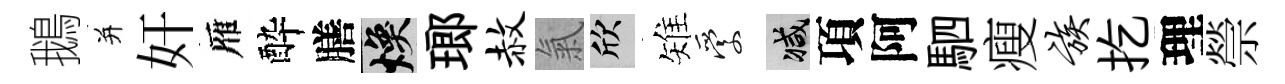
鵝并奸雁酔膳焕瑯赦氣欣雉愛减項阿駟瘦族扢理禜